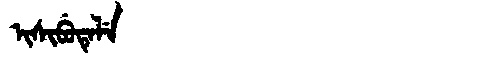
Manchu: ᡳᠰᡳᠪᡠᡨᡝᠯᡝ
Romanization: ISIBUTELE